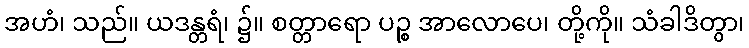
အဟံ၊ သည်။ ယဒန္တရံ၊ ၌။ စတ္တာရော ပဉ္စ အာလောပေ၊ တို့ကို။ သံခါဒိတွာ၊